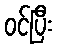
ဝင်ပြီး